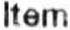
ITEM